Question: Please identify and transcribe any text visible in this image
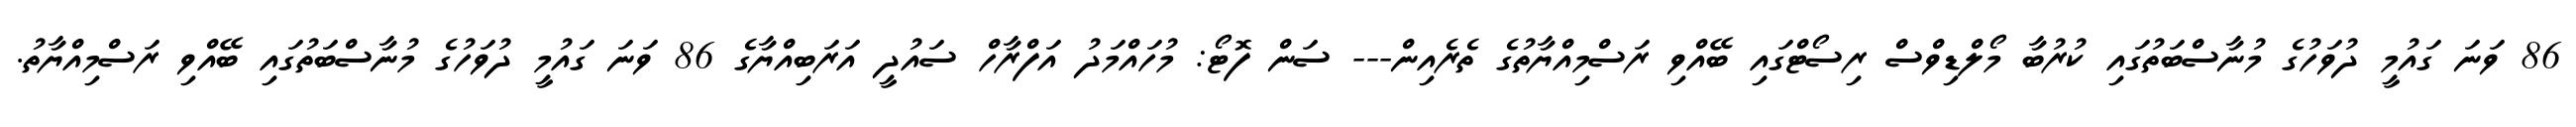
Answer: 86 ވަނަ ގައުމީ ދުވަހުގެ މުނާސްބަތުގައި ކުރުބާ މޯލްޑިވްސް ރިސޯޓްގައި ބޭއްވި ރަސްމިއްޔާތުގެ ތެރެއިން--- ސަން ފޮޓޯ: މުހައްމަދު އަފްރާހް ސައުދީ އަރަބިއްޔާގެ 86 ވަނަ ގައުމީ ދުވަހުގެ މުނާސްބަތުގައި ބޭއްވި ރަސްމިއްޔާތު.